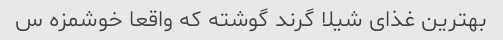
بهترین غذای شیلا گرند گوشته که واقعا خوشمزه س